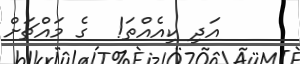
އަދި ކިއެއްތަ!  ގެ މައްޗަށް